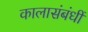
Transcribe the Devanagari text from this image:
कालासंबंधीं